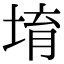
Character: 堉